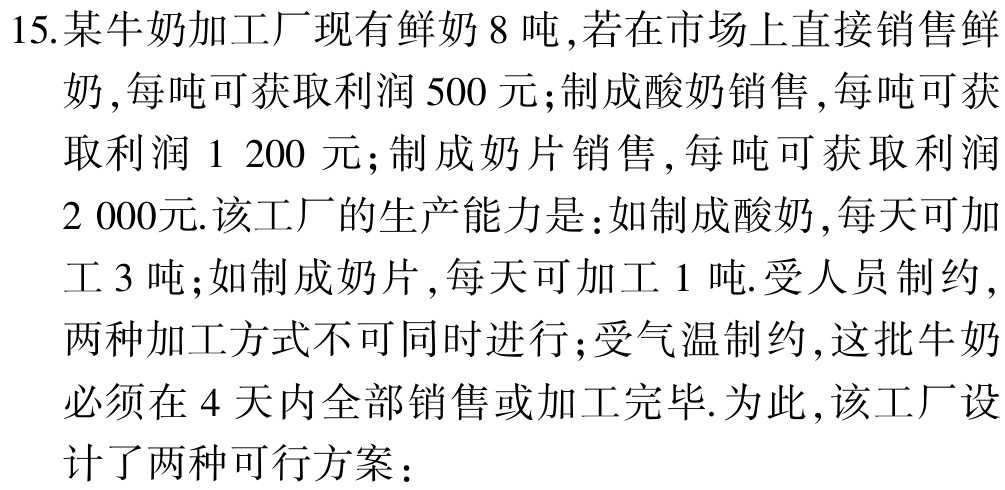
15.某牛奶加工厂现有鲜奶 8 吨，若在市场上直接销售鲜奶，每吨可获取利润 500 元；制成酸奶销售，每吨可获取利润 1 200 元；制成奶片销售，每吨可获取利润 2 000元.该工厂的生产能力是：如制成酸奶，每天可加工 3 吨；如制成奶片，每天可加工 1 吨.受人员制约，两种加工方式不可同时进行；受气温制约，这批牛奶必须在 4 天内全部销售或加工完毕.为此，该工厂设计了两种可行方案：